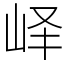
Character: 峄